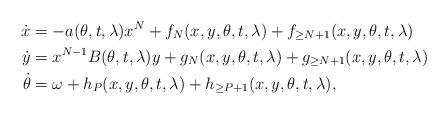
LaTeX: \begin{align*}\begin{aligned}\dot{x} &= -a(\theta,t,\lambda) x^N + f_{N}(x,y,\theta,t,\lambda) + f_{\geq N+1}(x,y,\theta,t,\lambda) \\\dot{y} &= x^{N-1} B(\theta,t,\lambda) y + g_{N}(x,y,\theta,t,\lambda) + g_{\geq N+1}(x,y,\theta,t,\lambda) \\\dot{\theta} &= \omega + h_P(x,y,\theta,t,\lambda) + h_{\geq P+1}(x,y,\theta,t,\lambda),\end{aligned}\end{align*}